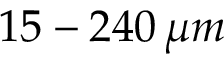
1 5 - 2 4 0 \, \mu m